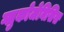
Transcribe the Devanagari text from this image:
ग्लुकोजेनिसिस